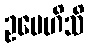
ဥပေဟိသိ